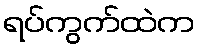
ရပ်ကွက်ထဲက